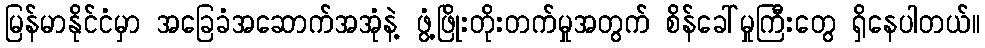
မြန်မာနိုင်ငံမှာ အခြေခံအဆောက်အအုံနဲ့ ဖွံ့ဖြိုးတိုးတက်မှုအတွက် စိန်ခေါ်မှုကြီးတွေ ရှိနေပါတယ်။